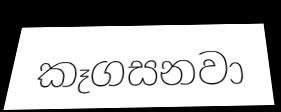
කෑගසනවා